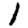
Digit: 1